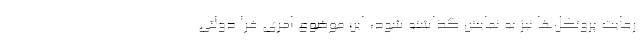
رعایت پروتکل‌ها نیز به نمایش گذاشته شود، این موضوع امری فرا دولتی